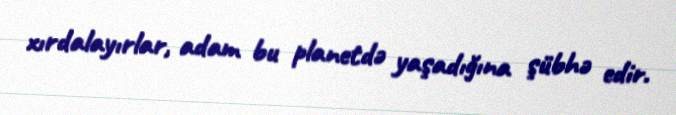
xırdalayırlar, adam bu planetdə yaşadığına şübhə edir.